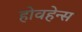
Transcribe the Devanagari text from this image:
होवहेन्स